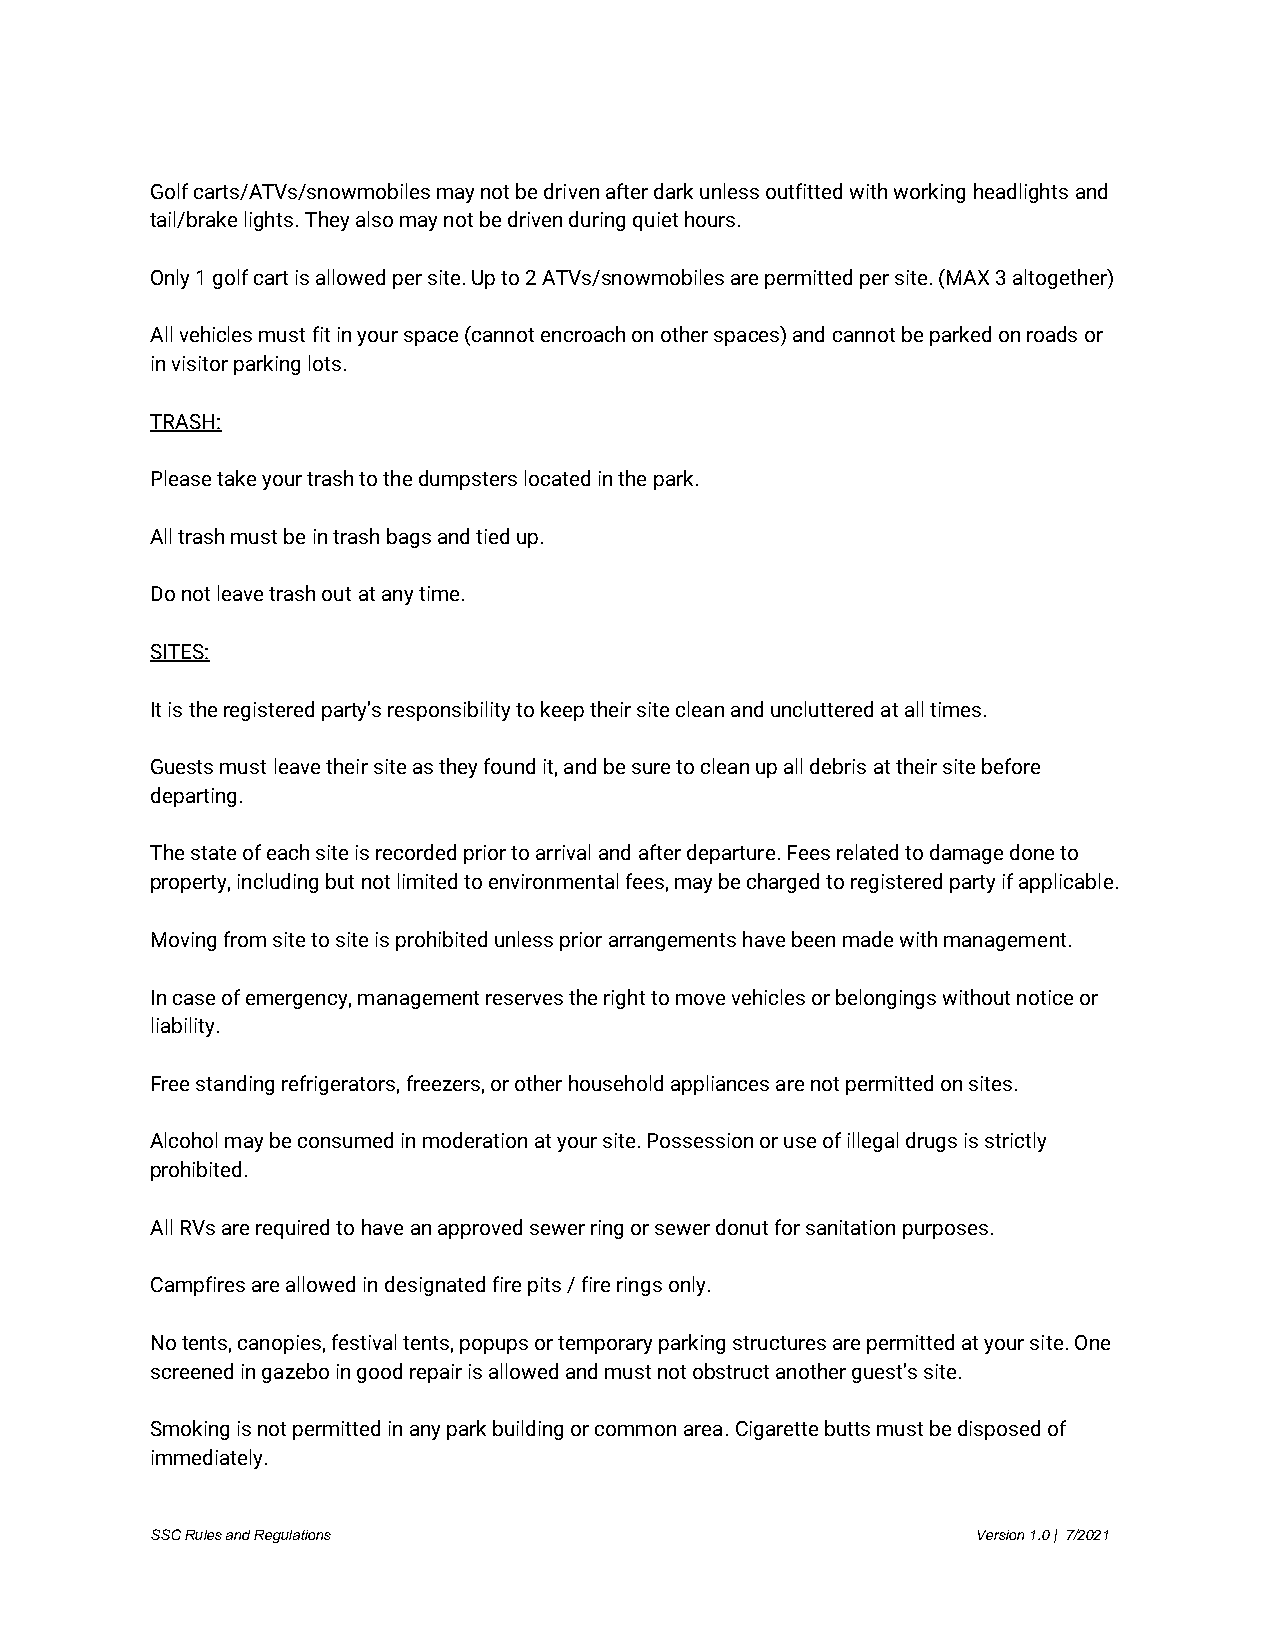
Golf carts/ATVs/snowmobiles may not be driven after dark unless outfitted with working headlights and
 tail/brake lights. They also may not be driven during quiet hours.
 Only 1 golf cart is allowed per site. Up to 2 ATVs/snowmobiles are permitted per site. (MAX 3 altogether)
 All vehicles must fit in your space (cannot encroach on other spaces) and cannot be parked on roads or
 in visitor parking lots.
 TRASH:
 Please take your trash to the dumpsters located in the park.
 All trash must be in trash bags and tied up.
 Do not leave trash out at any time.
 SITES:
 It is the registered party’s responsibility to keep their site clean and uncluttered at all times.
 Guests must leave their site as they found it, and be sure to clean up all debris at their site before
 departing.
 The state of each site is recorded prior to arrival and after departure. Fees related to damage done to
 property, including but not limited to environmental fees, may be charged to registered party if applicable.
 Moving from site to site is prohibited unless prior arrangements have been made with management.
 In case of emergency, management reserves the right to move vehicles or belongings without notice or
 liability.
 Free standing refrigerators, freezers, or other household appliances are not permitted on sites.
 Alcohol may be consumed in moderation at your site. Possession or use of illegal drugs is strictly
 prohibited.
 All RVs are required to have an approved sewer ring or sewer donut for sanitation purposes.
 Campfires are allowed in designated fire pits / fire rings only.
 No tents, canopies, festival tents, popups or temporary parking structures are permitted at your site. One
 screened in gazebo in good repair is allowed and must not obstruct another guest’s site.
 Smoking is not permitted in any park building or common area. Cigarette butts must be disposed of
 immediately.
 SSC Rules and Regulations                              Version 1.0 | 7/2021